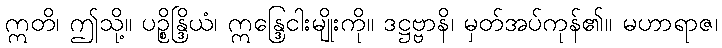
ဣတိ၊ ဤသို့။ ပဉ္စိန္ဒြိယံ၊ ဣန္ဒြေငါးမျိုးကို။ ဒဋ္ဌဗ္ဗာနိ၊ မှတ်အပ်ကုန်၏။ မဟာရာဇ၊